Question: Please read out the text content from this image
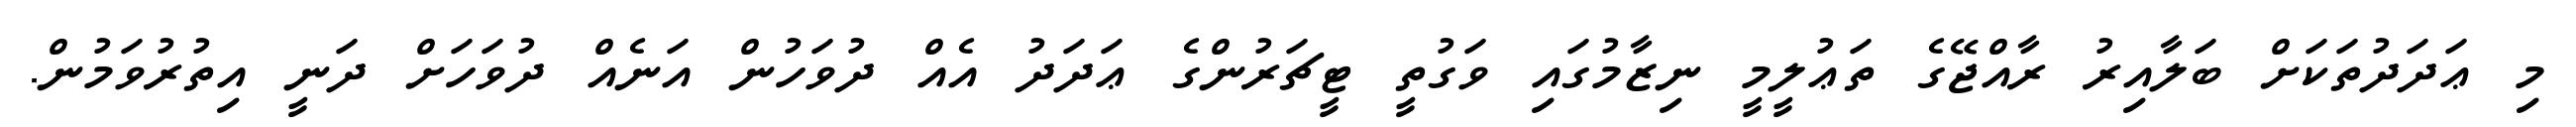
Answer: މި ޢަދަދުތަކަށް ބަލާއިރު ރާއްޖޭގެ ތަޢުލީމީ ނިޒާމުގައި ވަގުތީ ޓީޗަރުންގެ ޢަދަދު އެއް ދުވަހުން އަނެއް ދުވަހަށް ދަނީ އިތުރުވަމުން.